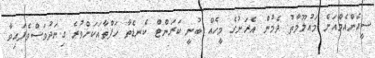
ސީއެންއެމްއަށް މައުލޫމާތު ދެމުން އެރަށުގެ މީހެއް ބުނީ ކަރަންޓް ކެނޑެތާ ހަފްތާއަކަށްވުރެ ގިނަދުވަސްވެފައިވާ